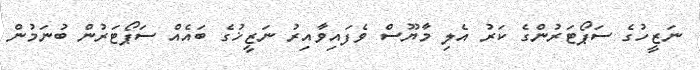
ނަޒީހުގެ ސަޕޯޓަރުންގެ ކަރު އެލި މާޔޫސް ވެފައިވާއިރު ނަޒީޚުގެ ބައެއް ސަޕޯޓަރުން ބުނަމުން